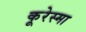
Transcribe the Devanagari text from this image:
कूरेस्मा